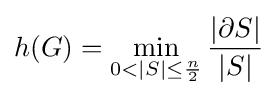
h(G)=\min _{0<|S|\leq {\frac {n}{2}}}{\frac {|\partial S|}{|S|}}